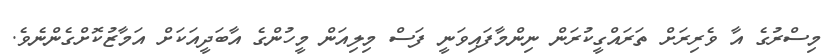
މިސްރުގެ އާ ވެރިރަށް ތަރައްގީކުރަން ނިންމާފައިވަނީ ފަސް މިލިއަން މީހުންގެ އާބަދީއަކަށް އަމާޒުކޮށްގެންނެވެ.